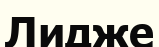
Лидже